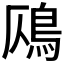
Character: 𩾸